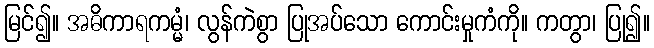
မြင်၍။ အဓိကာရကမ္မံ၊ လွန်ကဲစွာ ပြုအပ်သော ကောင်းမှုကံကို။ ကတွာ၊ ပြု၍။